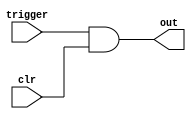
/**
Module Name:			latch.v
Project:					ToW
Author:					Jason Van Kerkhoven
							Connor Emery
Date of Update:		27/11/2016                                              
Version:           	1.0.0                                                      

Purpose:           	TODO
 
 
Update Log:				v1.0.0
								- intial commit
*/
`timescale 1ns / 1ps

module latch(trigger, clr, out);
	//declaring inputs/outputs
	input trigger, clr;
	output out;
	
	//declaring wires and regs
	wire interm;
	
	//gatewise logic
	assign interm = (trigger | out);
	assign out = (trigger & clr);
	
endmodule